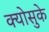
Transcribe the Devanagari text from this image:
क्योसुके